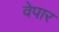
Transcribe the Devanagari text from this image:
वेपार